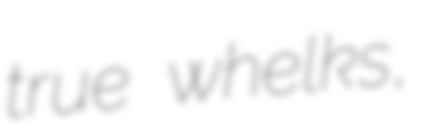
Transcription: true whelks,